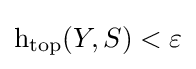
\operatorname {h_{top}} (Y,S)<\varepsilon